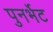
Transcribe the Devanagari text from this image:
पुनर्भेट